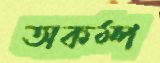
অকম্প